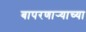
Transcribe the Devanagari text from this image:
बापरणार्‍याच्या